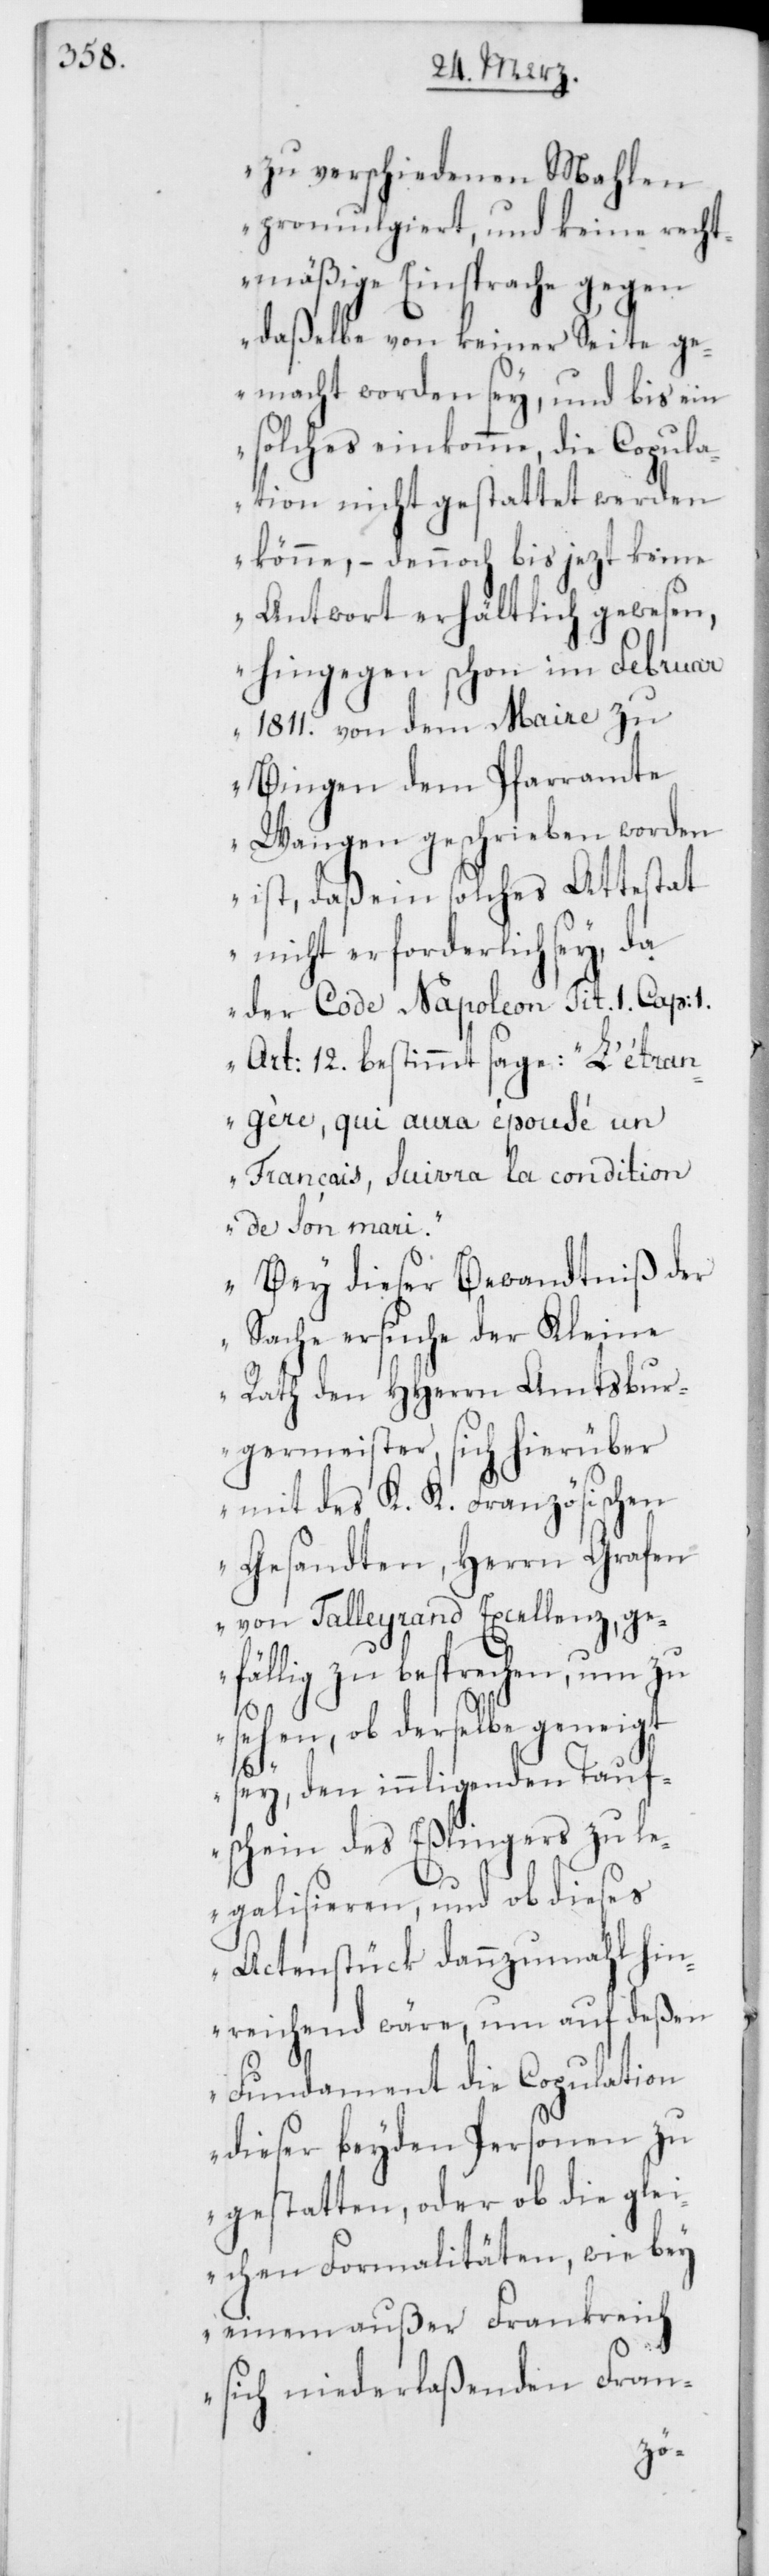
zu verschiedenen Mahlen
promulgiert, und keine recht¬
mäßige Einsprache gegen
daßelbe von keiner Seite ge¬
macht worden sey, und bis ein
solches einkomme, die Copula¬
tion nicht gestattet werden
könne, – dennoch bis jezt keine
Antwort erhältlich gewesen,
hingegen schon im Februar
1811. von dem Maire zu
Bingen dem Pfarramte
Wangen geschrieben worden
ist, daß ein solches Attestat
nicht erforderlich sey, da
der Code Napoleon, Tit. 1 Cap: 1.
Art: 12. bestimmt sage: „L’etrang¬
ère, qui aura épousé un
Français, suivra la condition
de son mari.“
Bey dieser Bewandtniß der
Sache ersuche der Kleine
Rath den HHerrn Amtsbur¬
germeister, sich hierüber
mit des K. K. Französischen
Gesandten, Herrn Grafen
von Talleyrand Excellenz, ge¬
fällig zu besprechen, um zu
sehen, ob derselbe geneigt
sey, den innligenden Tauf¬
schein des Eßlingers zu le¬
galisieren, und ob dieses
Actenstück dannzumahl hin¬
reichend wäre, um auf deßen
Fundament die Copulation
dieser beyden Personen zu
gestatten, oder ob die gle¬
ichen Formalitäten, wie bey
einem außer Frankreich
sich niederlaßenden Fran-